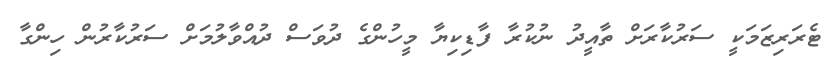
ޓެރަރިޒަމަކީ ސަރުކާރަށް ތާއީދު ނުކުރާ ފާޑިކިޔާ މީހުންގެ ދުވަސް ދުއްވާލުމަށް ސަރުކާރުން ހިންގާ